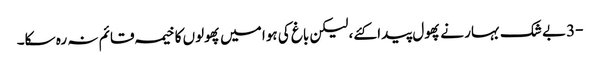
-3بے شک بہار نے پھول پیدا کئے، لیکن باغ کی ہوا میں پھولوں کا خیمہ قائم نہ رہ سکا۔